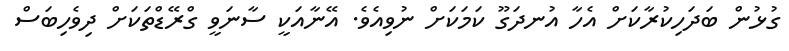
ގުޅުން ބަދަހިކުރާކަށް އެހާ އުނދަގޫ ކަމަކަށް ނުވިއެވެ. އޭނާއަކީ ސާނަވީ ގްރޭޑްތަކަށް ދިވެހިބަސް